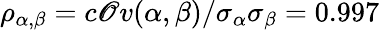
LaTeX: \rho_{\alpha,\beta}=c\mathscr{O}v(\alpha,\beta)/\sigma_{\alpha}\sigma_{\beta}=0.997